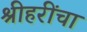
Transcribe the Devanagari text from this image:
श्रीहरींचा